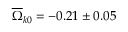
\overline { { \Omega } } _ { k 0 } = - 0 . 2 1 \pm 0 . 0 5